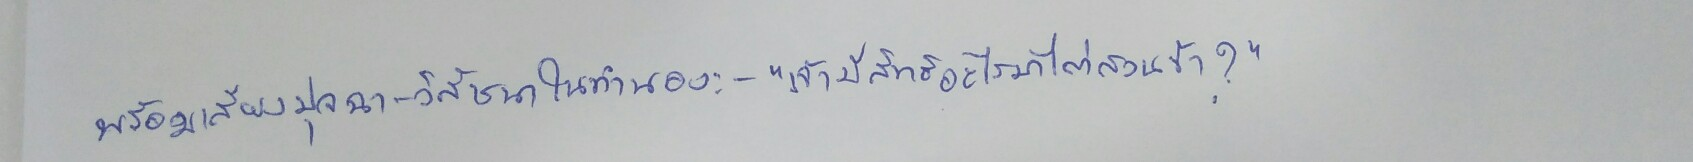
พร้อมเสียงปุจฉา-วิสัชนาในทำนอง:-"เจ้ามีสิทธิอะไรมาไต่สวนข้า?"